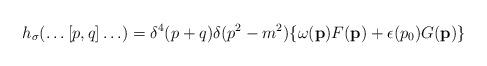
LaTeX: \begin{align*}h_\sigma (\ldots [p,q] \ldots) = \delta^4 (p+q) \delta (p^2 - m^2)\{ \omega ({\bf p}) F ({\bf p}) + \epsilon (p_0) G({\bf p}) \}\end{align*}